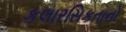
કલારસિકતાનો